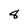
Character: 8